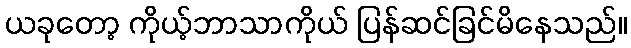
ယခုတော့ ကိုယ့်ဘာသာကိုယ် ပြန်ဆင်ခြင်မိနေသည်။